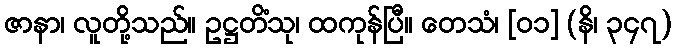
ဇာနာ၊ လူတို့သည်။ ဥဋ္ဌတိံသု၊ ထကုန်ပြီ။ တေသံ၊ [၀၁] (နိ၊ ၃၄၇)